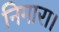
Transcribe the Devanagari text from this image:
निगारा।